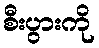
စီးပွားကို